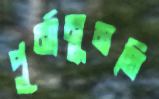
পূর্নানুমতি